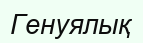
Генуялық